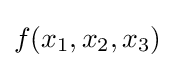
f(x_{1},x_{2},x_{3})